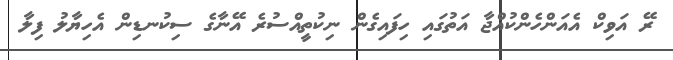
ރޭ އަވިކް އެއަންހެންކުއްޖާ އަތުގައި ހިފައިގެން ނިކުތީއްސުރެ އޭނާގެ ސިކުނޑިން އެހިޔާލު ފިލާ